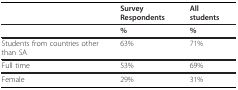
|  | Survey Respondents | All students |
 | --- | --- | --- |
 |  | % | % |
 | Students from countries other than SA | 63% | 71% |
 | Full time | 53% | 69% |
 | Female | 29% | 31% |